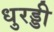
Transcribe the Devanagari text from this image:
धुरड्डी